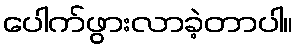
ပေါက်ဖွားလာခဲ့တာပါ။